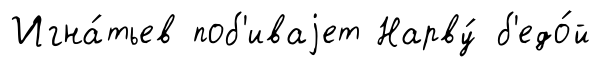
Игна́тьев поб'иваjет Нарву́ б'едо́й